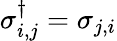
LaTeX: \sigma_{i,j}^{\dagger}=\sigma_{j,i}